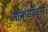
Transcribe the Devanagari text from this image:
आक्सीजनें